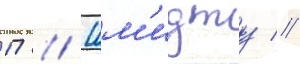
П // Шм'идту //